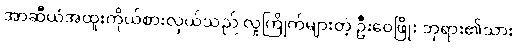
အာဆီယံအထူးကိုယ်စားလှယ်သည် လူကြိုက်များတဲ့ ဦးဝေဖြိုး ဘုရား၏သား